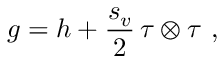
g = h + \frac { s _ { v } } 2 \, \tau \otimes \tau \ ,